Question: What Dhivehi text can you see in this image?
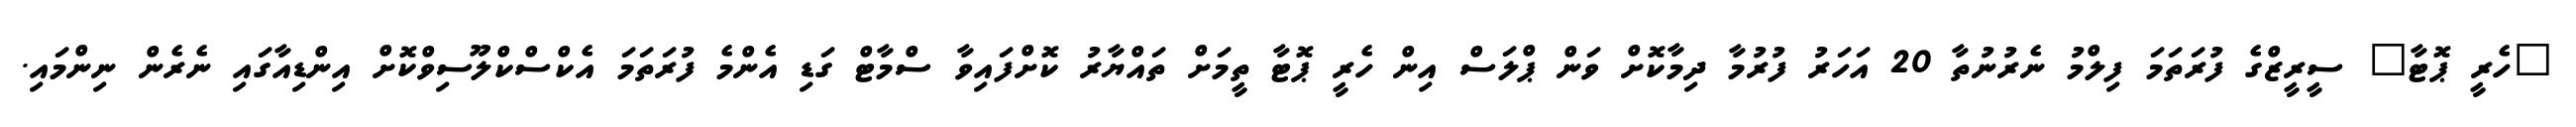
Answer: "ހެރީ ޕޮޓާ" ސީރީޒްގެ ފުރަތަމަ ފިލްމު ނެރުނުތާ 20 އަހަރު ފުރުމާ ދިމާކޮށް ވަން ޕްލަސް އިން ހެރީ ޕޮޓާ ތީމަށް ތައްޔާރު ކޮށްފައިވާ ސްމާޓް ގަޑި އެންމެ ފުރަތަމަ އެކްސްކްލޫސިވްކޮށް އިންޑިއާގައި ނެރެން ނިންމައި.